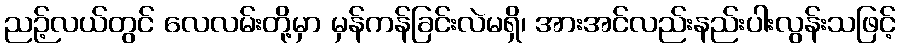
ညဉ့်လယ်တွင် လေလမ်းတို့မှာ မှန်ကန်ခြင်းလဲမရှိ၊ အားအင်လည်းနည်းပါးလွန်းသဖြင့်